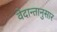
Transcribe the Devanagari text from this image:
वेदान्तानुसार